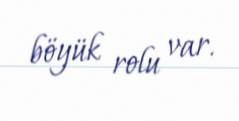
böyük rolu var.